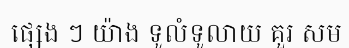
ផ្សេង ៗ យ៉ាង ទូលំទូលាយ គួរ សម